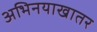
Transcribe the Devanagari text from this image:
अभिनयाखातर